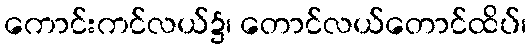
ကောင်းကင်လယ်၌၊ တောင်လယ်တောင်ထိပ်၊